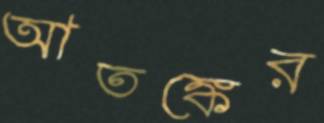
আতঙ্কের